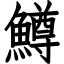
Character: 鱒